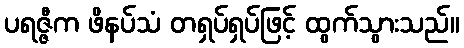
ပရဇ္ဇီက ဖိနပ်သံ တရှပ်ရှပ်ဖြင့် ထွက်သွားသည်။